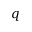
q